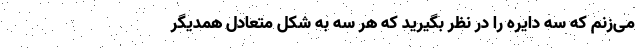
می‌زنم که سه دایره را در نظر بگیرید که هر سه به شکل متعادل همدیگر